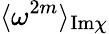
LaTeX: \langle\omega^{2m}\rangle_{\mathrm{Im}\chi}